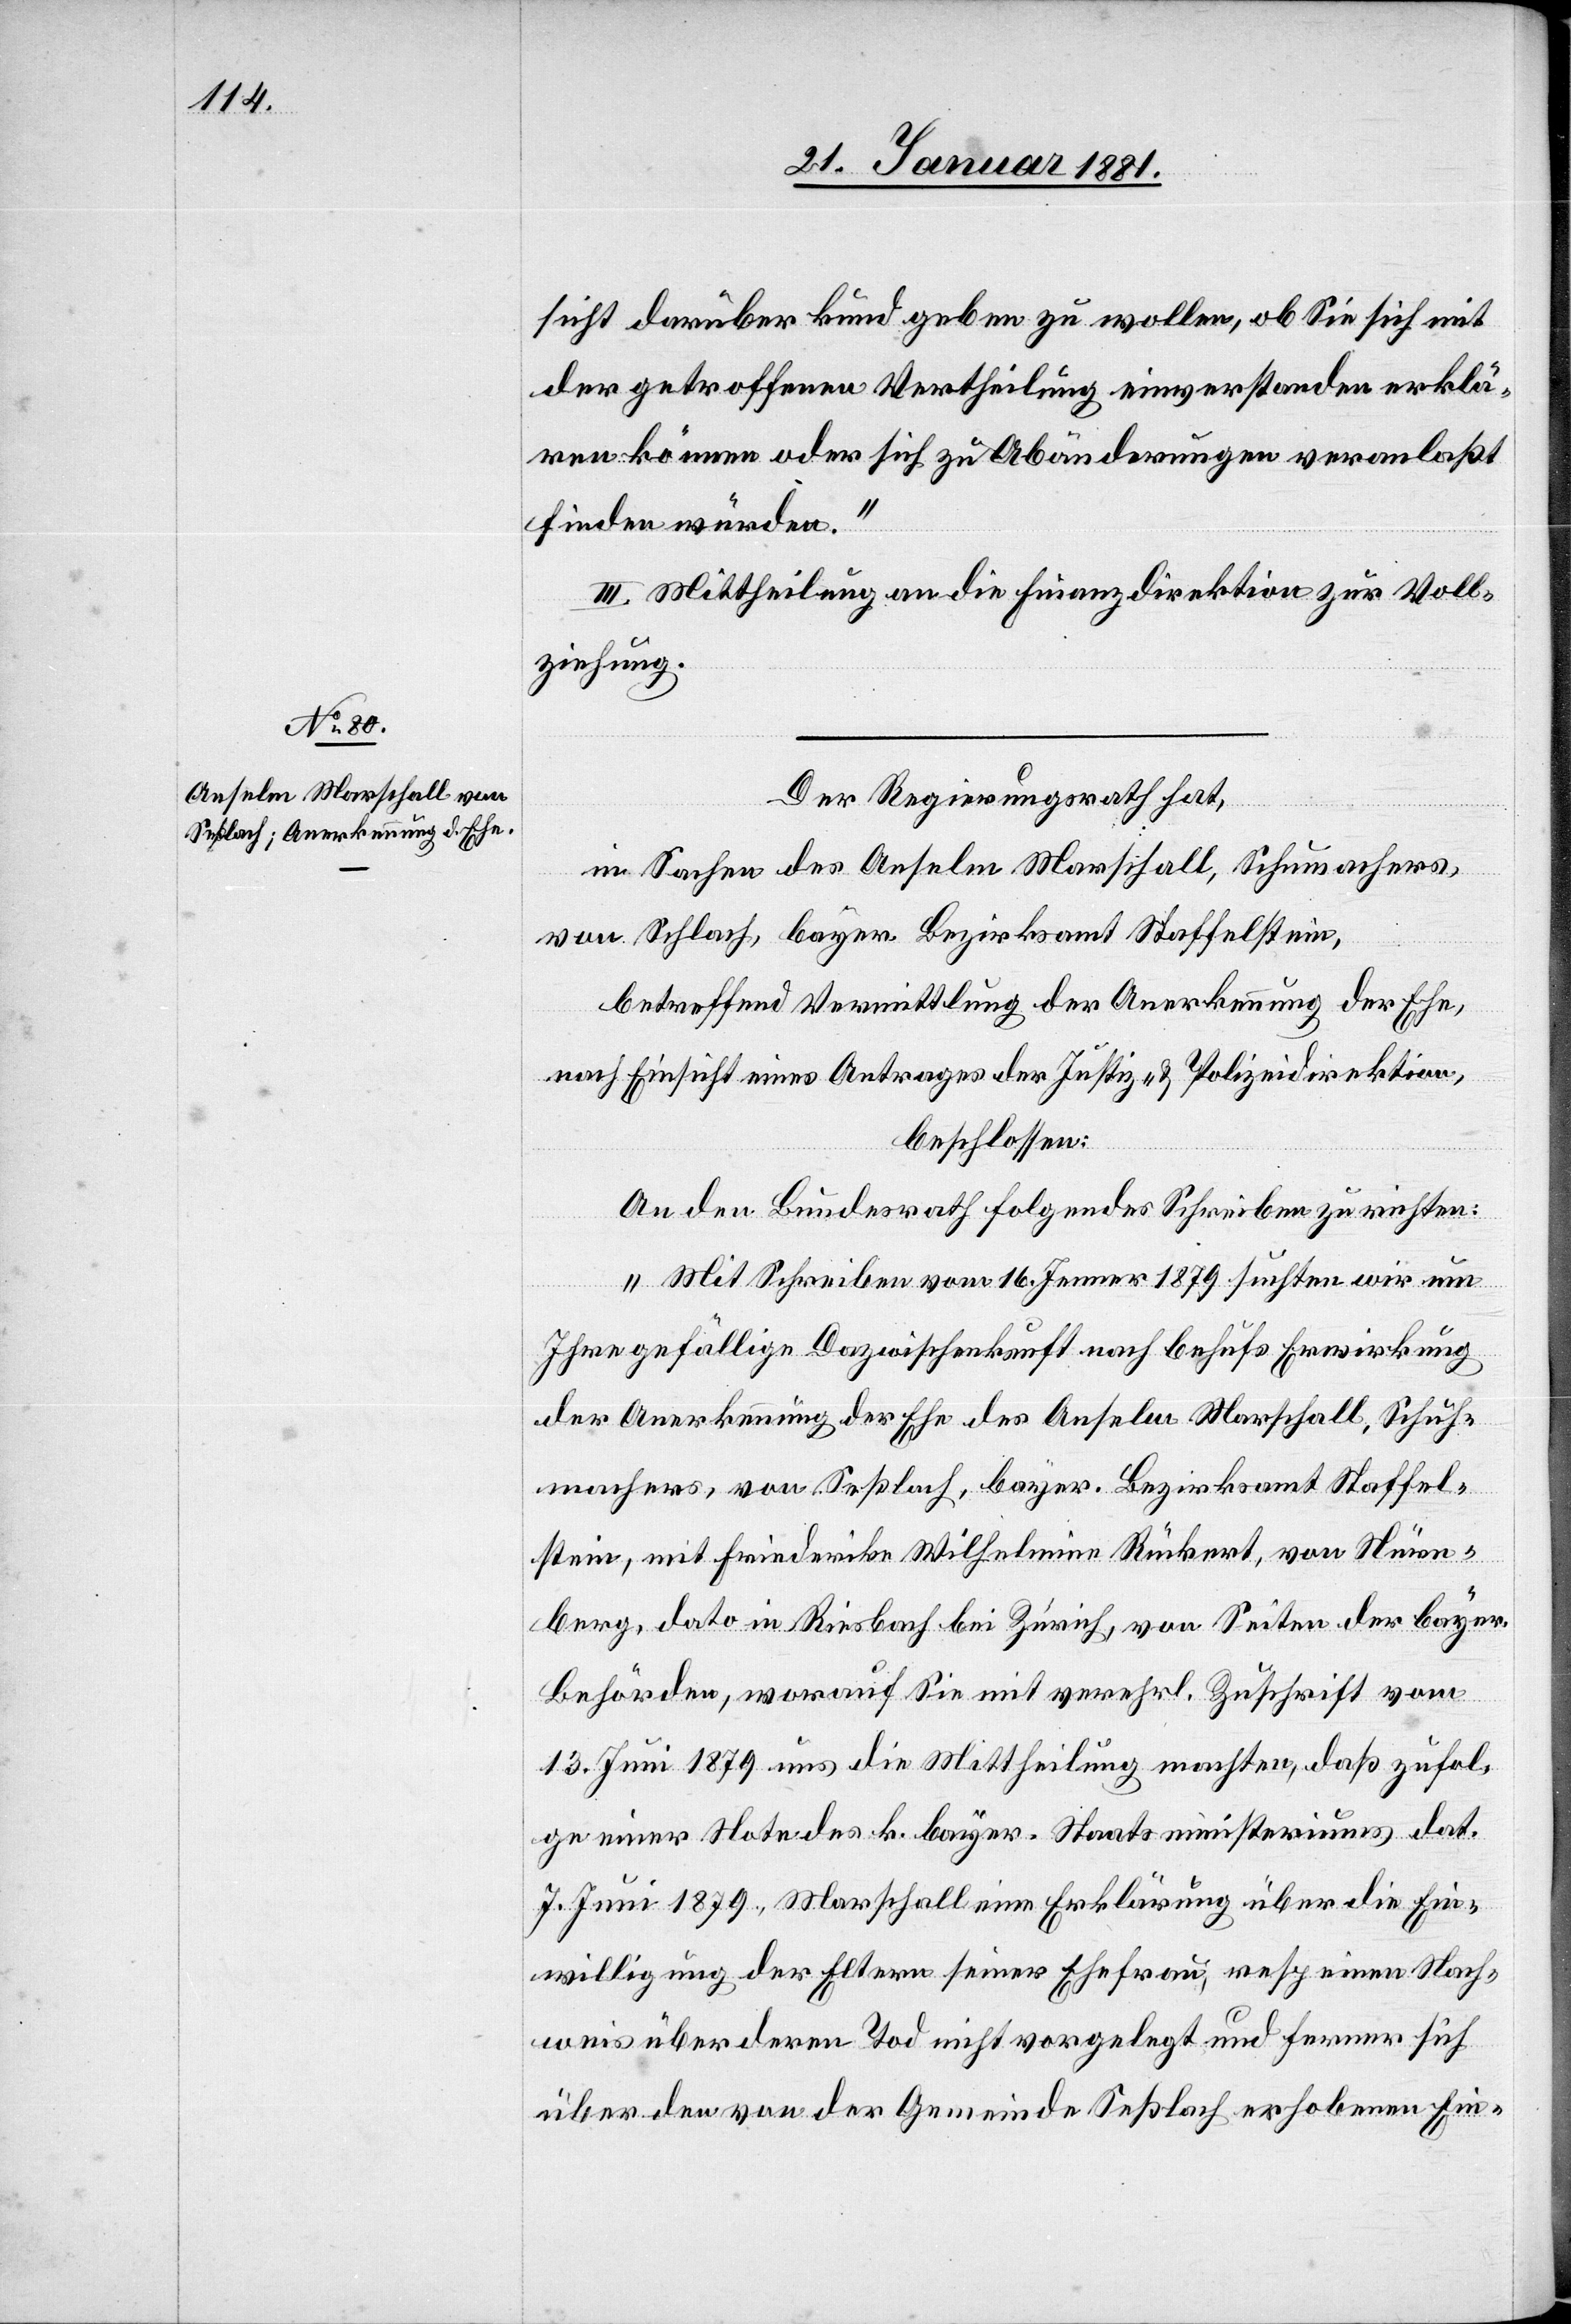
der getroffenen Vertheilung einverstanden erklä¬
ren können oder sich zu Abänderungen veranlaßt
finden würden.“
III. Mittheilung an die Finanzdirektion zur Voll¬
ziehung.
Der Regierungsrath hat,
in Sachen des Anselm Marschall, Schumachers,
von Schlach, bayer. Bezirksamt Staffelstein,
betreffend Vermittlung der Anerkennung der Ehe,
nach Einsicht eines Antrages der Justiz- & Polizeidirektion,
beschlossen:
An den Bundesrath folgendes Schreiben zu richten:
„Mit Schreiben vom 16. Jenner 1879 suchten wir um
Ihre gefällige Dazwischenkunft nach behufs Erwirkung
der Anerkennung der Ehe des Anselm Marschall, Schuh¬
machers, von Seßlach, bayer. Bezirksamt Staffel¬
stein, mit Friederike Wilhelmine Rückert, von Nürn¬
berg, dato in Riesbach bei Zürich, von Seiten der bayer.
Behörden, worauf Sie mit verehrl. Zuschrift vom
13. Juni 1879 uns die Mittheilung machten, daß zufol¬
ge eine Note des k. bayer. Staatsministeriums dat.
7. Juni 1879, Marschall eine Erklärung über die Ein¬
willigung der Eltern seiner Ehefrau, resp. einen Nach¬
weis über deren Tod nicht vorgelegt und ferner sich
über den von der Gemeinde Seßlach erhobenen Ein-